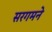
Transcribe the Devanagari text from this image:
सरगमने